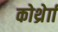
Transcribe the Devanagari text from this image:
कोर्थ्रेाा